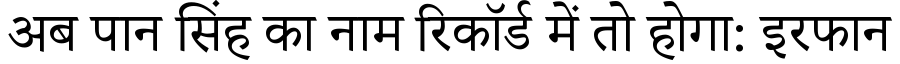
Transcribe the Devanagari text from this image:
अब पान सिंह का नाम रिकॉर्ड में तो होगा: इरफान